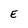
Character: E